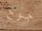
جوخ